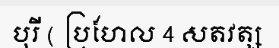
បុរី ( ប្រហែល 4 សតវត្ស